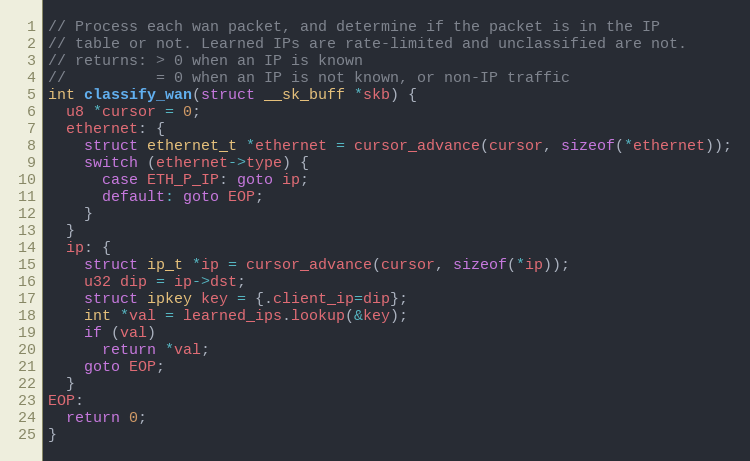
Language: C
// Process each wan packet, and determine if the packet is in the IP
// table or not. Learned IPs are rate-limited and unclassified are not.
// returns: > 0 when an IP is known
//          = 0 when an IP is not known, or non-IP traffic
int classify_wan(struct __sk_buff *skb) {
  u8 *cursor = 0;
  ethernet: {
    struct ethernet_t *ethernet = cursor_advance(cursor, sizeof(*ethernet));
    switch (ethernet->type) {
      case ETH_P_IP: goto ip;
      default: goto EOP;
    }
  }
  ip: {
    struct ip_t *ip = cursor_advance(cursor, sizeof(*ip));
    u32 dip = ip->dst;
    struct ipkey key = {.client_ip=dip};
    int *val = learned_ips.lookup(&key);
    if (val)
      return *val;
    goto EOP;
  }
EOP:
  return 0;
}